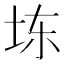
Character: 𪣆